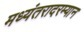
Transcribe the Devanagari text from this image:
मध्यंतरादरम्यान